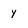
Character: y